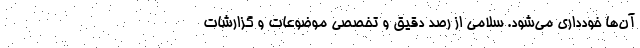
آن‌ها خودداری می‌شود. سلامی از رصد دقیق و تخصصی موضوعات و گزارشات